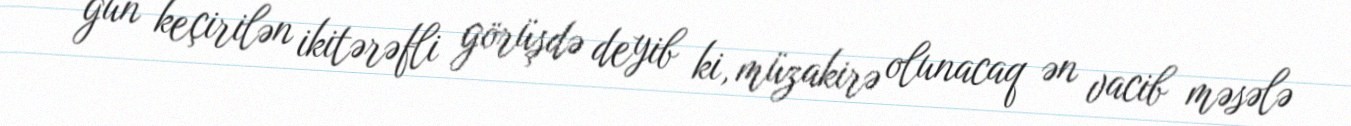
gün keçirilən ikitərəfli görüşdə deyib ki, müzakirə olunacaq ən vacib məsələ